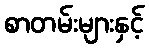
စာတမ်းများနှင့်